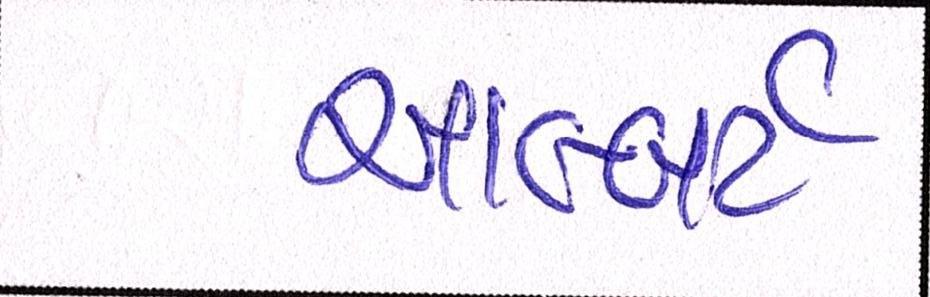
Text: આલ્બર્ટ